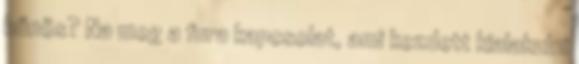
bűnös? Na meg a fura kapcsolat, ami kezdett kialakulni